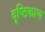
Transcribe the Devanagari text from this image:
दृष्टिकाण